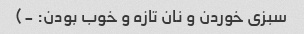
سبزی خوردن و نان تازه و خوب بودن: -)